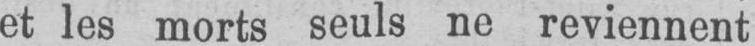
et les morts seuls ne reviennent